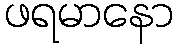
ဖရမာနော